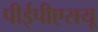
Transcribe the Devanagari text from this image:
पीईपीएसयू